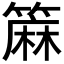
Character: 𫂟